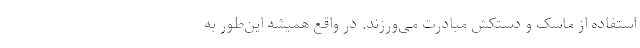
استفاده از ماسک و دستکش مبادرت می‌ورزند. در واقع همیشه این‌طور به